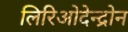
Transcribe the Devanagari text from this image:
लिरिओदेन्द्रोन